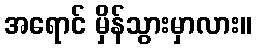
အရောင် မှိန်သွားမှာလား။